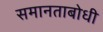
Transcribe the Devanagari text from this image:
समानताबोधी